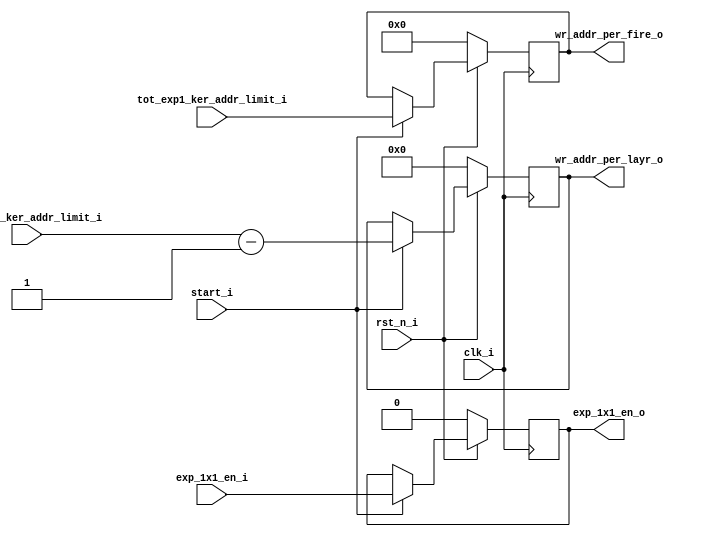
module write_config_exp_1x1(
	clk_i,
	rst_n_i,

	start_i,
	exp_1x1_en_i,
	tot_exp1_ker_addr_limit_i,
	one_exp1_ker_addr_limit_i,
	
	exp_1x1_en_o,
	wr_addr_per_fire_o,
	wr_addr_per_layr_o
);


//----------------------------------------------------------------------------------------------------------------------
// Global constant and function headers
//----------------------------------------------------------------------------------------------------------------------

//----------------------------------------------------------------------------------------------------------------------
// parameter definitions
//----------------------------------------------------------------------------------------------------------------------

//----------------------------------------------------------------------------------------------------------------------
// localparam definitions
//----------------------------------------------------------------------------------------------------------------------

	/*
	Configurations

	tot_exp1_ker_addr_limit_i :- [(NO of expand kernals * depth) / 4 ] - 1
	one_exp1_ker_addr_limit_i :- [NO of expand kernals / 4]

	*/

//----------------------------------------------------------------------------------------------------------------------
// I/O signals
//----------------------------------------------------------------------------------------------------------------------

	// System Clock Signals
	input 															clk_i;
	input 															rst_n_i;

	// COnfiguration Control Signals
	input 															start_i;
	input 															exp_1x1_en_i;
	input 						[11:0] 								tot_exp1_ker_addr_limit_i;
	input 						[6:0] 								one_exp1_ker_addr_limit_i;

	// FIRE Layer Control Signals
	output 	reg 													exp_1x1_en_o;
	output 	reg					[11:0] 								wr_addr_per_fire_o;
	output  reg 				[6:0] 								wr_addr_per_layr_o;	

//----------------------------------------------------------------------------------------------------------------------
// Internal wires and registers
//----------------------------------------------------------------------------------------------------------------------

//----------------------------------------------------------------------------------------------------------------------
// Implmentation
//----------------------------------------------------------------------------------------------------------------------

	// Exp 1x1 Enable
	always @(posedge clk_i) begin : EXP_1X1_EN
		if(~rst_n_i) begin
			exp_1x1_en_o <= 0;
		end 
		else if(start_i)begin
			exp_1x1_en_o <= exp_1x1_en_i;
		end
	end

	// COnfiguration COntrol Signals
	always @(posedge clk_i) begin : CONFIG_SIGNAL
		if(~rst_n_i) begin
			wr_addr_per_fire_o 		<= 0;
			wr_addr_per_layr_o 		<= 0;
		end 
		else if(start_i) begin
			wr_addr_per_fire_o 		<= tot_exp1_ker_addr_limit_i;
			wr_addr_per_layr_o 		<= one_exp1_ker_addr_limit_i - 1;
		end
	end

//----------------------------------------------------------------------------------------------------------------------
// Sub module instantiation
//----------------------------------------------------------------------------------------------------------------------


endmodule